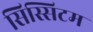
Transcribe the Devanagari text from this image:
सिस्सिटम